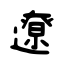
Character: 遼